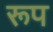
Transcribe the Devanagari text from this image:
रूप